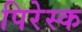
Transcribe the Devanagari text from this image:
पिरेस्क